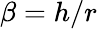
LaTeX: \beta=h/r